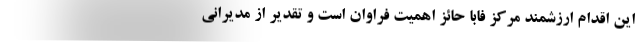
این اقدام ارزشمند مرکز فابا حائز اهمیت فراوان است و تقدیر از مدیرانی